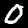
Label: 0